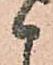
候